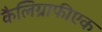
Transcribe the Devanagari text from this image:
कैलिग्राफीएक